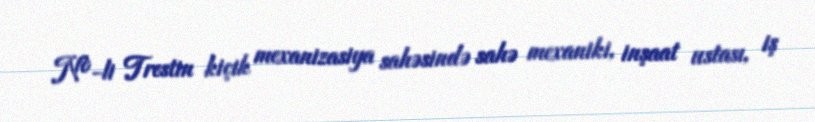
№-li Trestin kiçik mexanizasiya sahəsində sahə mexaniki, inşaat ustası, iş